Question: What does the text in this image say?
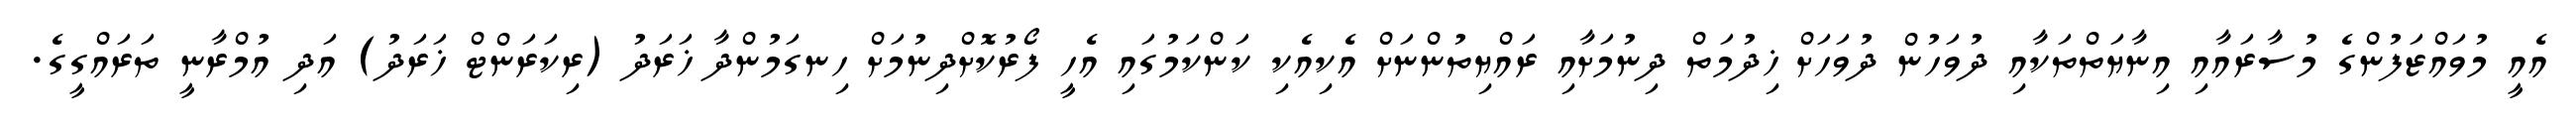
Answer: އެއީ މުވައްޒަފުންގެ މުސާރައާއި އިނާޔަތްތަކާއި ދުވަހުން ދުވަހަށް ޚިދުމަތް ދިނުމަށާއި ރައްޔިތުންނަށް އެކިއެކި ކަންކަމުގައި އެހީ ފޯރުކޮށްދިނުމަށް ހިނގަމުންދާ ޚަރަދު (ރިކަރަންޓް ޚަރަދު) އަދި އުމްރާނީ ތަރައްގީގެ.